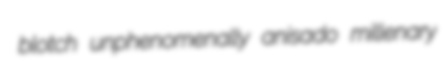
blotch unphenomenally anisado millenary